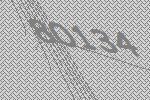
80134